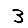
Digit: 3